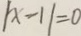
\vert x - 1 \vert = 0